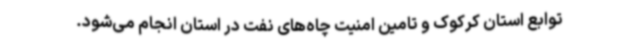
توابع استان کرکوک و تامین امنیت چاه‌های نفت در استان انجام می‌شود.